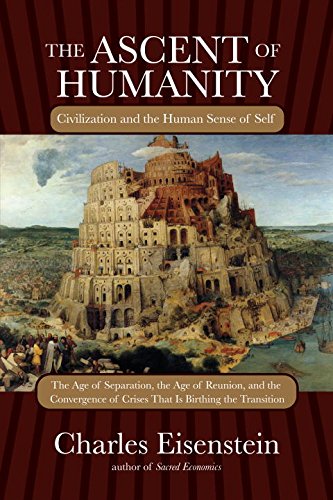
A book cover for The Ascent of Humanity: Civilization and the Human Sense of Self; Charles Eisenstein; Politics & Social Sciences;